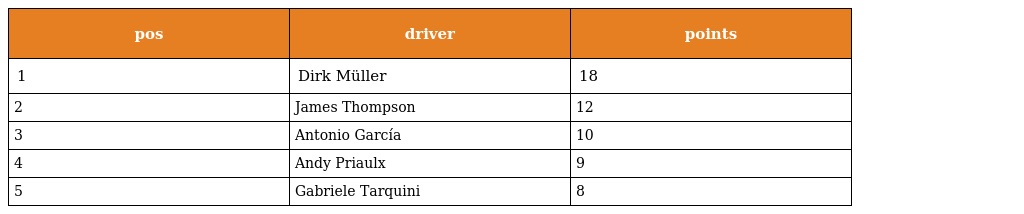
| pos | driver | points |
 | --- | --- | --- |
 | 1 | Dirk Müller | 18 |
 | 2 | James Thompson | 12 |
 | 3 | Antonio García | 10 |
 | 4 | Andy Priaulx | 9 |
 | 5 | Gabriele Tarquini | 8 |